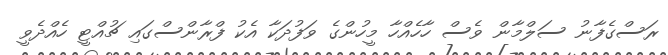
ރަސްގެފާނު ސަލްމާން ވެސް ހާހެއްހާ މީހުންގެ ވަފުދަކާ އެކު ފްރާންސްގައި ޗުއްޓީ ހެއްދެވީ